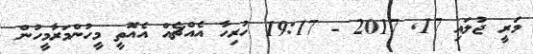
މަރީީ ޖުލައި 17